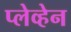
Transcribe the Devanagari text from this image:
प्लेव्हेन